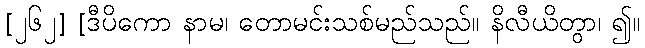
[၂၆၂] [ဒီပိကော နာမ၊ တောမင်းသစ်မည်သည်။ နိလီယိတွာ၊ ၍။